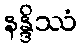
နန္ဒိဿံ